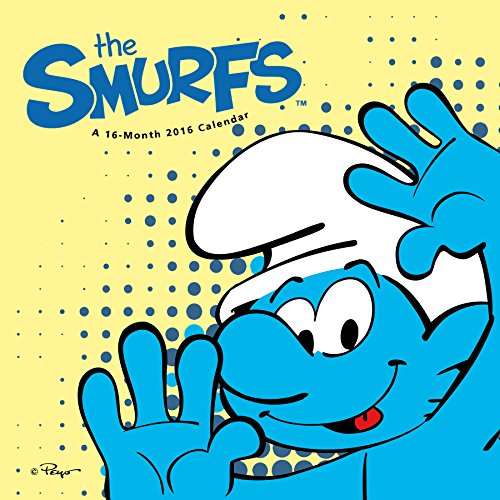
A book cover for Smurfs 2016 Wall Calendar; Trends International; Calendars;